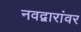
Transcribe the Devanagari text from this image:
नवद्वारांवर